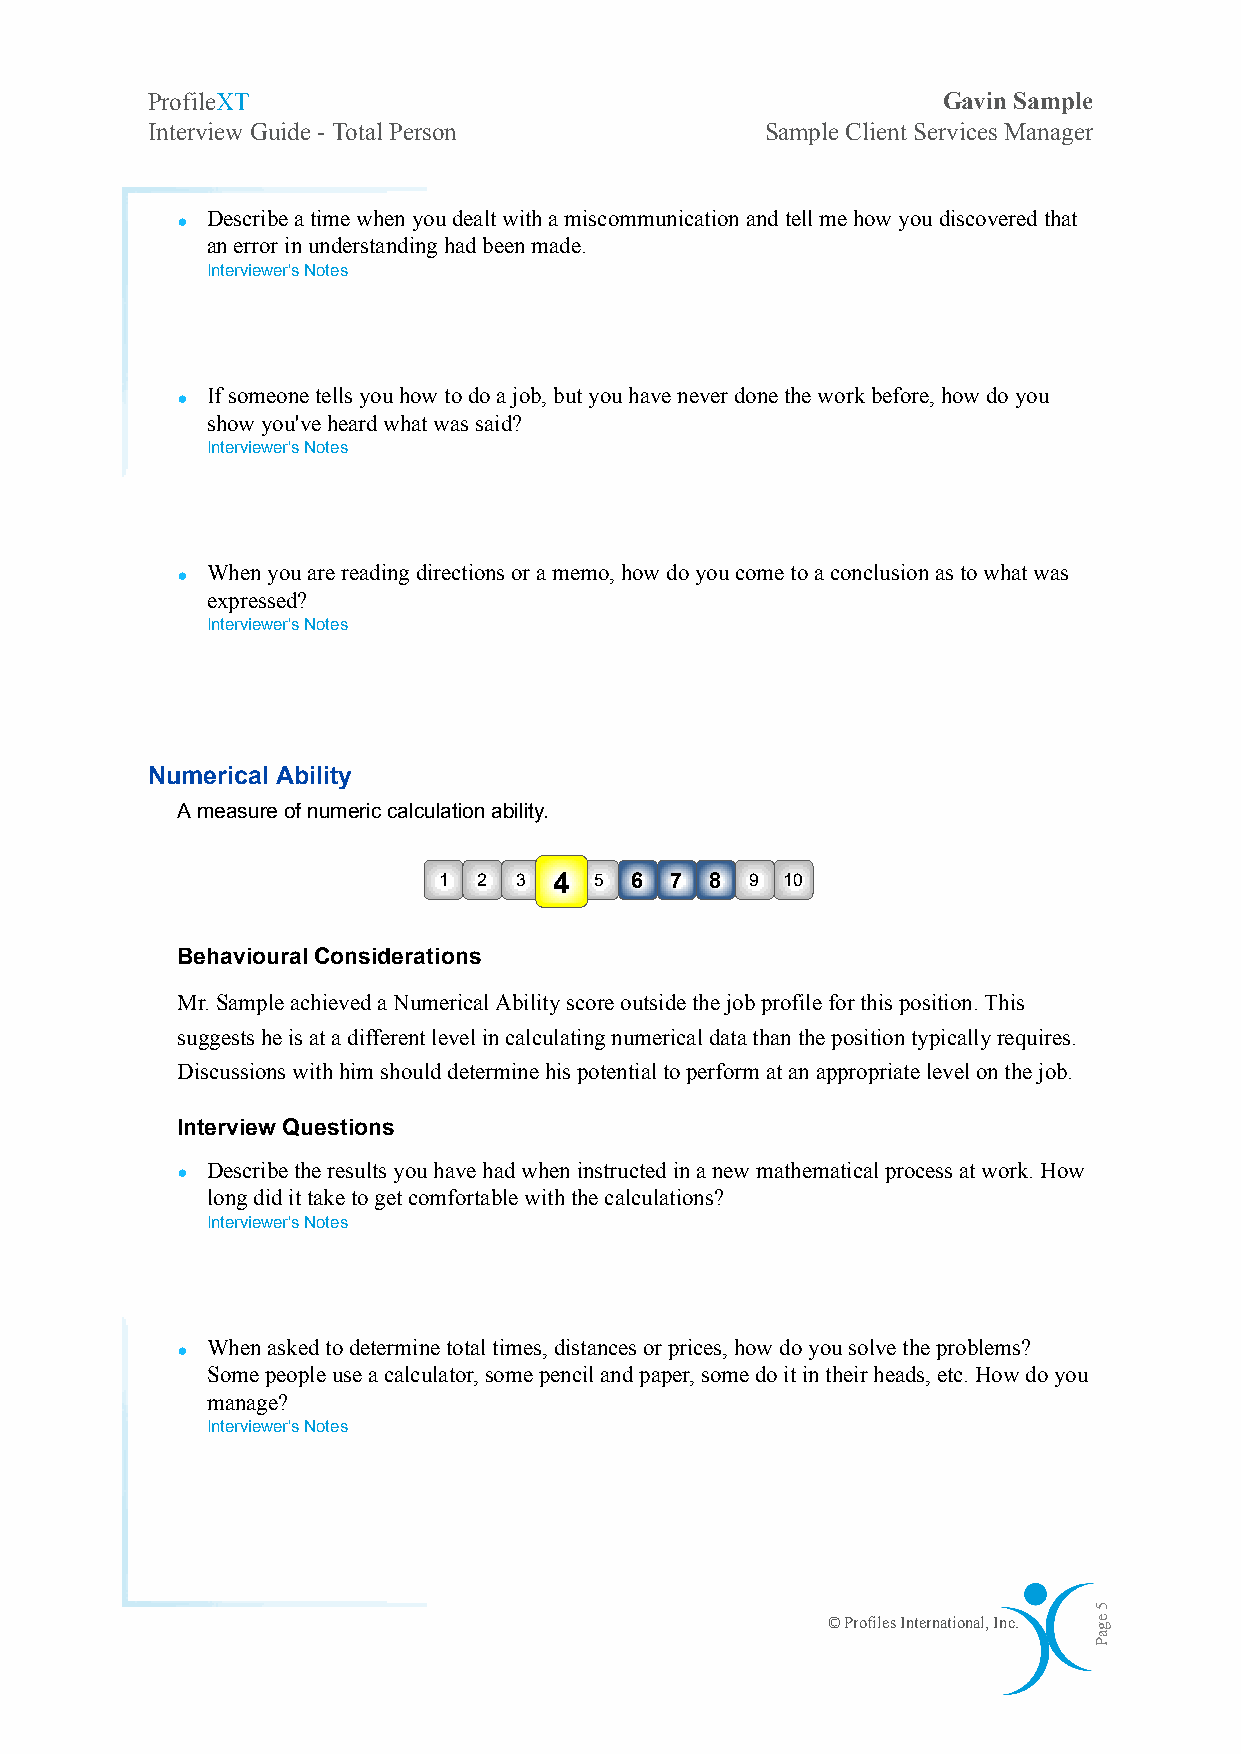
ProfileXT                                           Gavin Sample
 Interview Guide - Total Person           Sample Client Services Manager
 • Describe a time when you dealt with a miscommunication and tell me how you discovered that
 an error in understanding had been made.
 Interviewer's Notes
 • If someone tells you how to do a job, but you have never done the work before, how do you
 show you've heard what was said?
 Interviewer's Notes
 • When you are reading directions or a memo, how do you come to a conclusion as to what was
 expressed?
 Interviewer's Notes
 Numerical Ability
 A measure of numeric calculation ability.
 1  2 3  4 5  6 7  8  9 10
 Behavioural Considerations
 Mr. Sample achieved a Numerical Ability score outside the job profile for this position. This
 suggests he is at a different level in calculating numerical data than the position typically requires.
 Discussions with him should determine his potential to perform at an appropriate level on the job.
 Interview Questions
 • Describe the results you have had when instructed in a new mathematical process at work. How
 long did it take to get comfortable with the calculations?
 Interviewer's Notes
 • When asked to determine total times, distances or prices, how do you solve the problems?
 Some people use a calculator, some pencil and paper, some do it in their heads, etc. How do you
 manage?
 Interviewer's Notes
 © Profiles International, Inc.
 5
 egaP